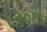
૧૨૦મી